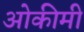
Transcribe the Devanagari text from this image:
ओकीमी